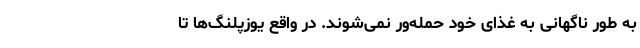
به طور ناگهانی به غذای خود حمله‌ور نمی‌شوند. در واقع یوزپلنگ‌ها تا